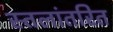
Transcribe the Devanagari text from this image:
स्तलांतरित